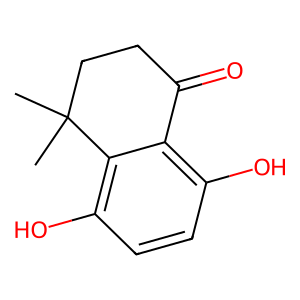
SMILES: CC1(C)CCC(=O)c2c(O)ccc(O)c21
Inhibits HIV replication: No